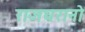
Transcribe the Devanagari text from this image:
राजघरानो